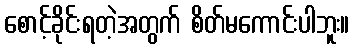
စောင့်ခိုင်းရတဲ့အတွက် စိတ်မကောင်းပါဘူး။